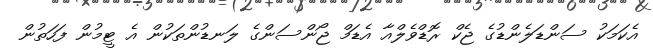
އެކަމަކު ސަންޑަލެންޑުގެ ޖެކް ރޮޑްވެލްއާ އެޑަމް ޖޯންސަންގެ ލަނޑުންތަކުން އެ ޓީމުން ފަހަތުން